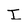
Character: I